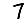
Digit: 7